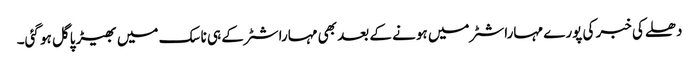
دھلے کی خبر کی پورے مہاراشٹر میں ہونے کے بعد بھی مہاراشٹر کے ہی ناسک میں بھیڑ پاگل ہو گئی۔